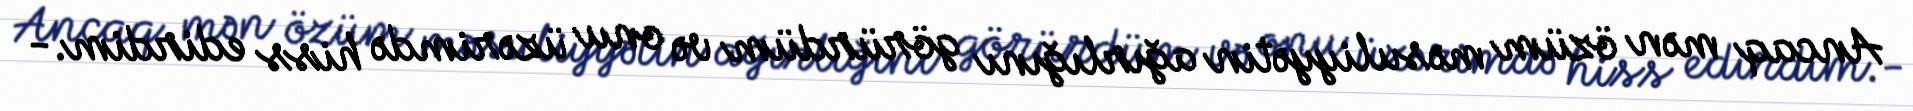
Ancaq mən özüm məsuliyyətin ağırlığını görürdüm və onu üzərimdə hiss edirdim.-